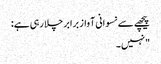
پیچھے سے نسوانی آواز برابر چلا رہی ہے:
"نہیں۔